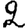
Digit: 2